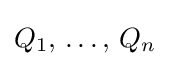
Q_{1},\,\ldots ,\,Q_{n}